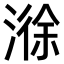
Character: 𣻄